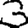
Digit: 3